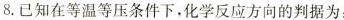
⒏. 已知在等温等压条件下，化学反应方向的判据为：